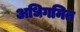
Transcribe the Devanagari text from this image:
अधिगमित